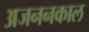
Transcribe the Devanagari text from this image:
अजननकाल